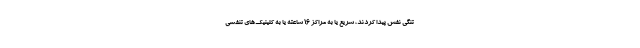
تنگی نفش پیدا کردند، سریع یا به مراکز ۱۶ ساعته یا به کلینیک‌های تنفسی